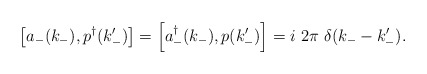
\begin{align*}\left[ a_{-}(k_{-}), p^{\dagger}(k'_{-})\right] = \left[ a_{-}^{\dag}(k_{-}), p(k'_{-})\right] =i \ 2 \pi \ \delta(k_{-} - k'_{-}).\end{align*}